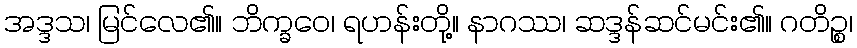
အဒ္ဒသ၊ မြင်လေ၏။ ဘိက္ခဝေ၊ ရဟန်းတို့။ နာဂဿ၊ ဆဒ္ဒန်ဆင်မင်း၏။ ဂတိဉ္စ၊